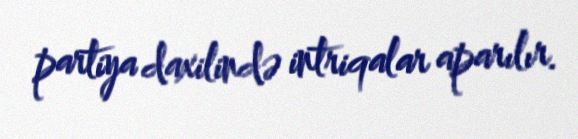
partiya daxilində intriqalar aparılır.